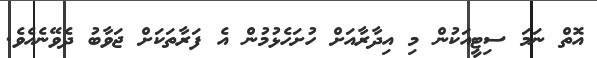
އޮތް ނަމަ ސިޓީއަކުން މި އިދާރާއަށް ހުށަހެޅުމުން އެ ފަރާތަކަށް ޖަވާބު ދެވޭނެއެވެ.